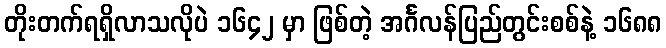
တိုးတက်ရရှိလာသလိုပဲ ၁၆၄၂ မှာ ဖြစ်တဲ့ အင်္ဂလန်ပြည်တွင်းစစ်နဲ့ ၁၆၈၈